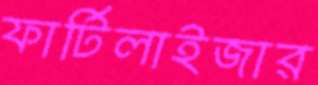
ফার্টিলাইজার